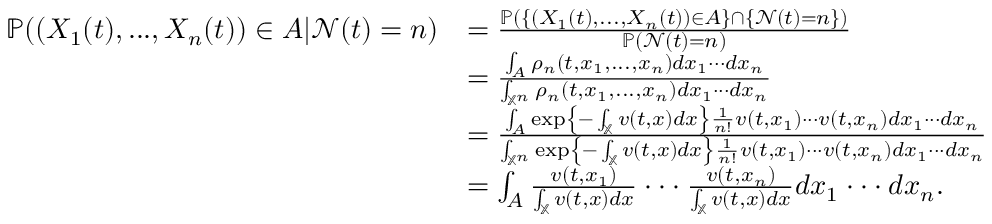
\begin{array} { r l } { \mathbb { P } ( ( X _ { 1 } ( t ) , . . . , X _ { n } ( t ) ) \in A | \mathcal { N } ( t ) = n ) } & { = \frac { \mathbb { P } ( \{ ( X _ { 1 } ( t ) , . . . , X _ { n } ( t ) ) \in A \} \cap \{ \mathcal { N } ( t ) = n \} ) } { \mathbb { P } ( \mathcal { N } ( t ) = n ) } } \\ & { = \frac { \int _ { A } \rho _ { n } ( t , x _ { 1 } , . . . , x _ { n } ) d x _ { 1 } \cdot \cdot \cdot d x _ { n } } { \int _ { \mathbb { X } ^ { n } } \rho _ { n } ( t , x _ { 1 } , . . . , x _ { n } ) d x _ { 1 } \cdot \cdot \cdot d x _ { n } } } \\ & { = \frac { \int _ { A } \exp \left\{ - \int _ { \mathbb { X } } v ( t , x ) d x \right\} \frac { 1 } { n ! } v ( t , x _ { 1 } ) \cdot \cdot \cdot v ( t , x _ { n } ) d x _ { 1 } \cdot \cdot \cdot d x _ { n } } { \int _ { \mathbb { X } ^ { n } } \exp \left\{ - \int _ { \mathbb { X } } v ( t , x ) d x \right\} \frac { 1 } { n ! } v ( t , x _ { 1 } ) \cdot \cdot \cdot v ( t , x _ { n } ) d x _ { 1 } \cdot \cdot \cdot d x _ { n } } } \\ & { = \int _ { A } \frac { v ( t , x _ { 1 } ) } { \int _ { \mathbb { X } } v ( t , x ) d x } \cdot \cdot \cdot \frac { v ( t , x _ { n } ) } { \int _ { \mathbb { X } } v ( t , x ) d x } d x _ { 1 } \cdot \cdot \cdot d x _ { n } . } \end{array}